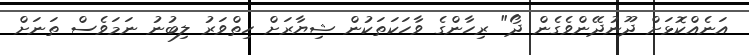
އަނެއްކޮޅަށް ދޫނުދޭންވެގެން ދޯ" ރިހާންގެ ވާހަކަތަކުން ޝިޔާރަށް ހިތްވަރު ލިބުނު ނަމަވެސް ތަނަށް